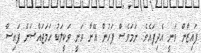
ފައިޒާން ވަނީ އެދިފައެވެ. ނަމަވެސް ފަހުން އޭނާ ވަނީ ވަކީލަކު ހަމަޖައްސަން ފައިސާ